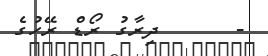
-      ދިރާގު ރޯޑް ރޭހުގެ